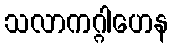
သလာကဂ္ဂါဟေန